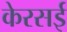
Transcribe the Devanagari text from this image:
केरसई